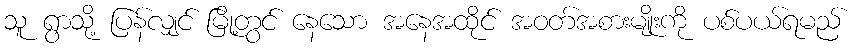
သူ ရွာသို့ ပြန်လျှင် မြို့တွင် နေသော အနေအထိုင် အဝတ်အစားမျိုးကို ပစ်ပယ်ရမည်